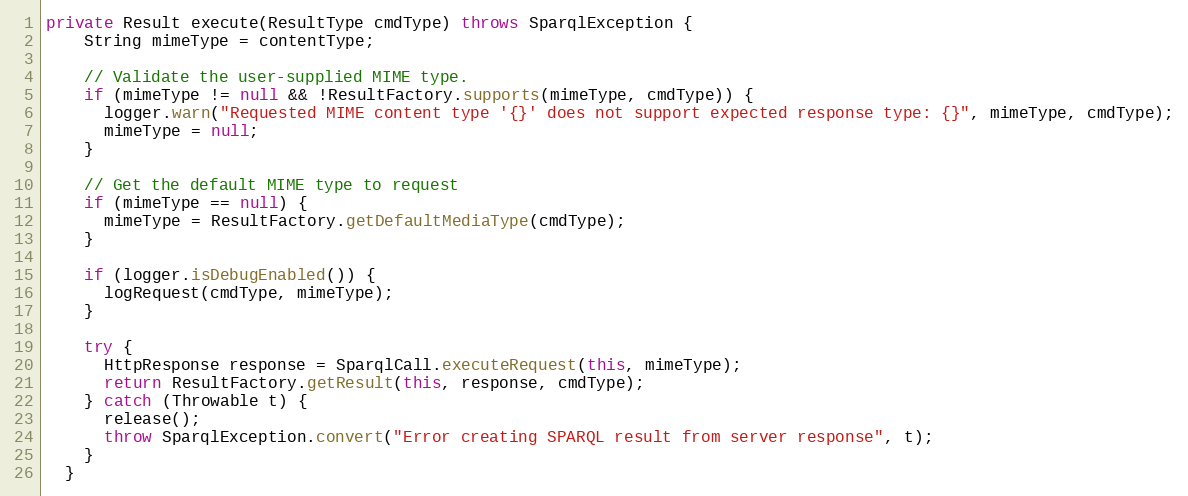
Language: Java
private Result execute(ResultType cmdType) throws SparqlException {
    String mimeType = contentType;

    // Validate the user-supplied MIME type.
    if (mimeType != null && !ResultFactory.supports(mimeType, cmdType)) {
      logger.warn("Requested MIME content type '{}' does not support expected response type: {}", mimeType, cmdType);
      mimeType = null;
    }

    // Get the default MIME type to request
    if (mimeType == null) {
      mimeType = ResultFactory.getDefaultMediaType(cmdType);
    }

    if (logger.isDebugEnabled()) {
      logRequest(cmdType, mimeType);
    }

    try {
      HttpResponse response = SparqlCall.executeRequest(this, mimeType);
      return ResultFactory.getResult(this, response, cmdType);
    } catch (Throwable t) {
      release();
      throw SparqlException.convert("Error creating SPARQL result from server response", t);
    }
  }